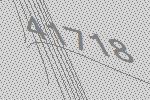
41718